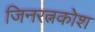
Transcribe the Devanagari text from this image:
जिनरत्नकोश